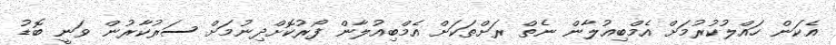
އެކަން ހައްލުކުރުމަށް އެމްބިއުލާން ނެތް ރަށްތަކަށް އެމްބިއުލާން ފޯރުކޮށްދިނުމަށް ސަރުކާރުން ވަނީ ބޮޑު